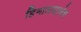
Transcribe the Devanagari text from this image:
हिमालयाचेच